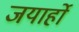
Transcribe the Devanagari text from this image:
जयार्हो